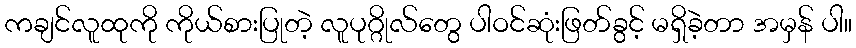
ကချင်လူထုကို ကိုယ်စားပြုတဲ့ လူပုဂ္ဂိုလ်တွေ ပါဝင်ဆုံးဖြတ်ခွင့် မရှိခဲ့တာ အမှန် ပါ။